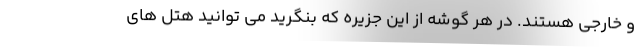
و خارجی هستند. در هر گوشه از این جزیره که بنگرید می توانید هتل های